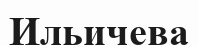
Ильичева